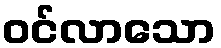
ဝင်လာသော